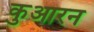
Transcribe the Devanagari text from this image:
कुआरन